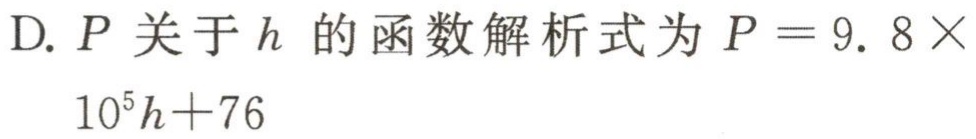
D. \(P\)关于\(h\)的函数解析式为\(P = 9. 8\times10^{5}h + 76\)